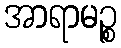
အာရာမဉ္စ